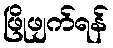
ဖြိုဖျက်ရန်